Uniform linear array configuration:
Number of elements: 8
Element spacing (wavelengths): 0.25
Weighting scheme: blackman
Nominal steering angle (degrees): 60
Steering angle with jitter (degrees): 61.02
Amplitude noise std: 0.05
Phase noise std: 0.05

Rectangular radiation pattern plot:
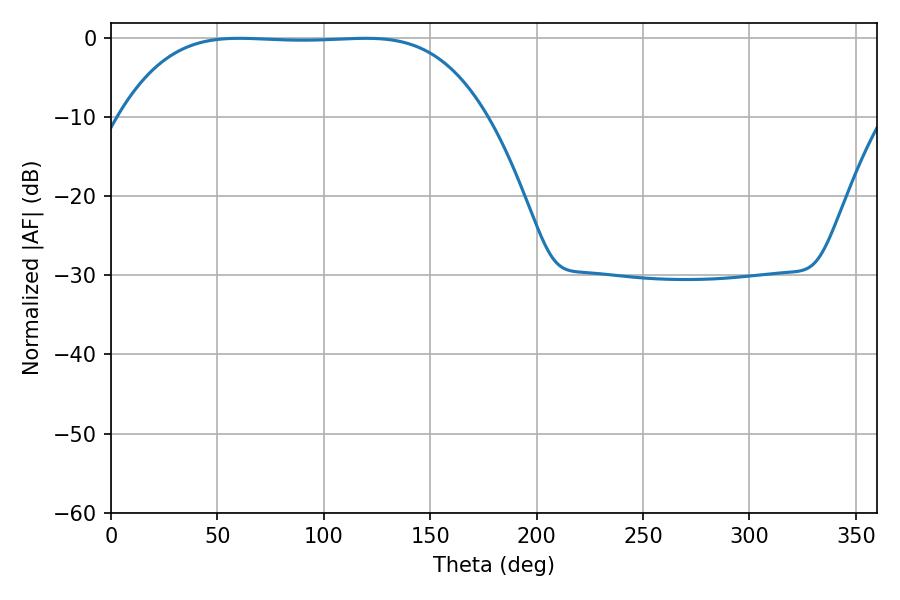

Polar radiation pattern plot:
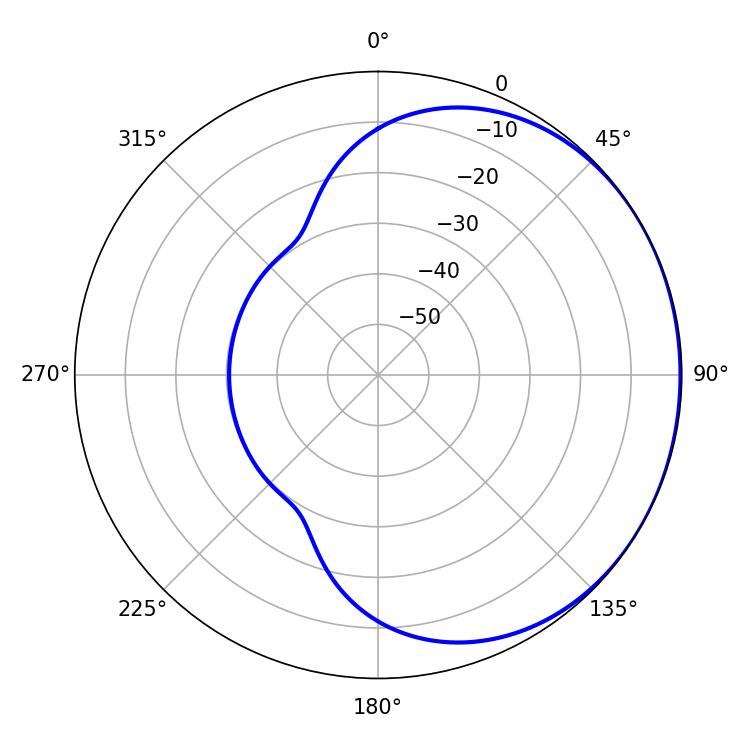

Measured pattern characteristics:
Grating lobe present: FALSE
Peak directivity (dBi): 0.6036
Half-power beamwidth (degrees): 132.12
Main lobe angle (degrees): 60.3